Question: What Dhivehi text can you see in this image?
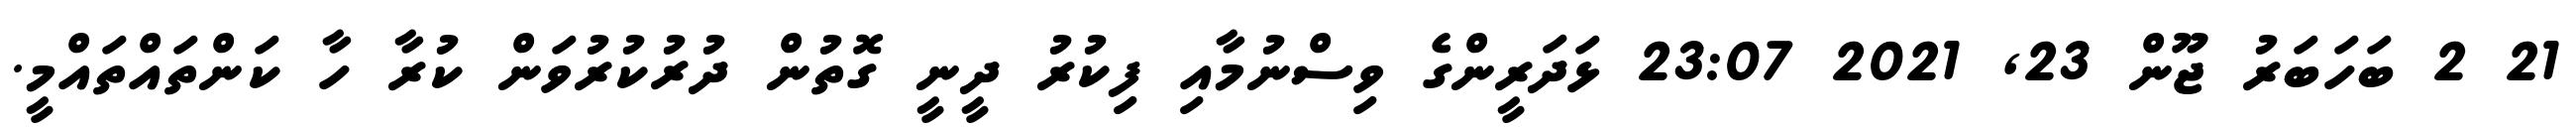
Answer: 21 2 ބަހަބަރު ޖޫން 23, 2021 23:07 ޅަދަރީންގެ ވިސްނުމާއި ފިކުރު ދީނީ ގޮތުން ދުރުކުރުވަން ކުރާ ހާ ކަންތައްތައްމީ.